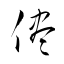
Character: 儘